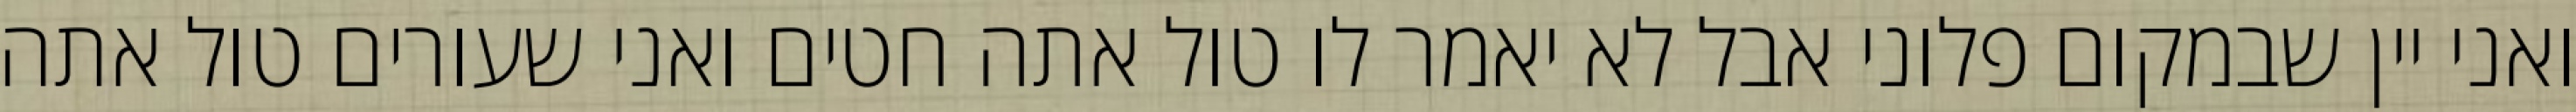
ואני יין שבמקום פלוני אבל לא יאמר לו טול אתה חטים ואני שעורים טול אתה